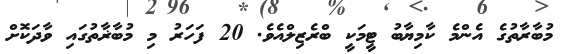
މުބާރާތުގެ އެންމެ ކާމިޔާބު ޓީމަކީ ބްރެޒިލްއެވެ. 20 ފަހަރު މި މުބާޜާތުގައި ވާދަކޮށް